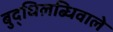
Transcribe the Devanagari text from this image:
बुद्धिलब्धिवाले